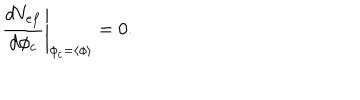
LaTeX: \left. \frac { d V _ { e f } } { d \phi _ { c } } \right| _ { \phi _ { c } = \left\langle \phi \right\rangle } = 0 .